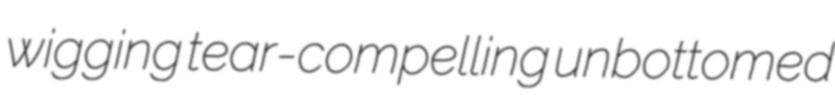
wigging tear-compelling unbottomed